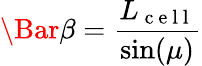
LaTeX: \Bar{\beta}=\frac{L_{\mathrm{~c~e~l~l~}}}{\sin(\mu)}